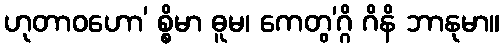
ဟုတာဝဟော’ စ္စိမာ ဓူမ၊ ကေတွ’ဂ္ဂိ ဂိနိ ဘာနုမာ။